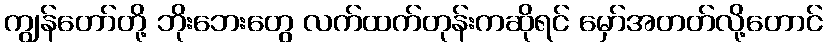
ကျွန်တော်တို့ ဘိုးဘေးတွေ လက်ထက်တုန်းကဆိုရင် မှော်အတတ်လို့တောင်